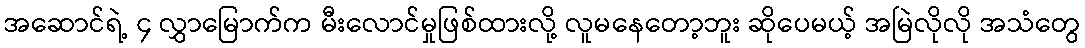
အဆောင်ရဲ့ ၄ လွှာမြောက်က မီးလောင်မှုဖြစ်ထားလို့ လူမနေတော့ဘူး ဆိုပေမယ့် အမြဲလိုလို အသံတွေ